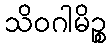
သိဝဂါမိဉ္စ